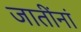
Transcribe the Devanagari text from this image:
जातींनां